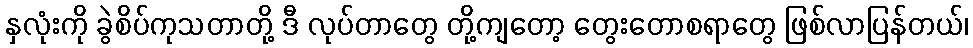
နှလုံးကို ခွဲစိပ်ကုသတာတို့ ဒီ လုပ်တာတွေ တို့ကျတော့ တွေးတောစရာတွေ ဖြစ်လာပြန်တယ်၊